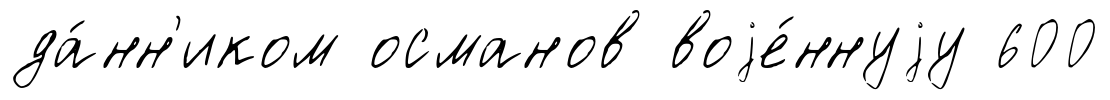
да́нн'иком османов воjе́ннуjу 600